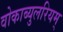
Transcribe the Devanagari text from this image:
वोकाब्युलरियम्